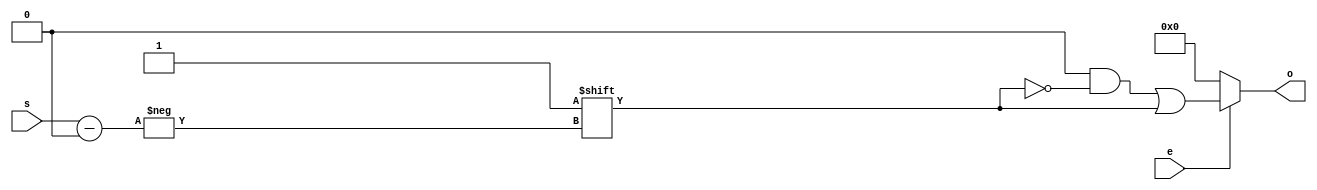
module dec #(parameter w=2)(
	input [w-1:0] s,
	input e,
	output reg [2**w-1:0] o
);
	always @ (*) begin
		o = 0;
		if (e)
  		  o[s] = 1;
	end
endmodule